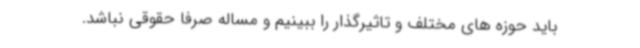
باید حوزه های مختلف و تاثیرگذار را ببینیم و مساله صرفا حقوقی نباشد.